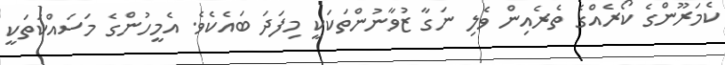
ކެމަރޫންގެ ކޯރެއްގެ ތެރެއިން ވެލި ނަގާ ޒުވާނުންތަކަކީ މިފަދަ ބައެކެވެ. އެމީހުންގެ މަސައްކަތަކީ